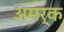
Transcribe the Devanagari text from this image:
अमर्क